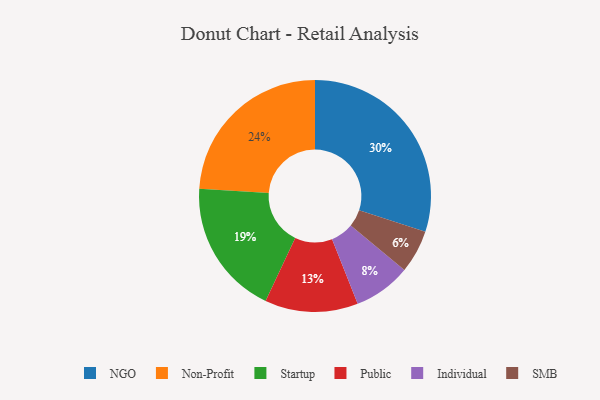
{"axis": {"x": "Category", "y": "Percentage"}, "legend": ["Individual", "NGO", "Non-Profit", "Public", "SMB", "Startup"], "data": [{"x": "Individual", "y": 8, "type": "Individual"}, {"x": "SMB", "y": 6, "type": "SMB"}, {"x": "Startup", "y": 19, "type": "Startup"}, {"x": "NGO", "y": 30, "type": "NGO"}, {"x": "Non-Profit", "y": 24, "type": "Non-Profit"}, {"x": "Public", "y": 13, "type": "Public"}]}